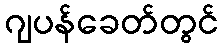
ဂျပန်ခေတ်တွင်